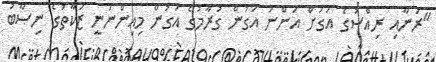
"ރަނާއި ރިއްސުގެ އަގަށް އަންނަ އަގުން ގުރާމުގެ އަގުން މިއިންނަނީ ޒަކާތުގެ ނިޞާބު